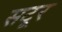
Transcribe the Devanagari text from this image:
सटूर